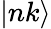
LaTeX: |nk\rangle